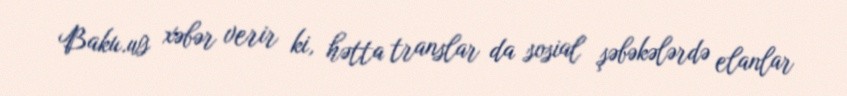
Baku.ws xəbər verir ki, hətta translar da sosial şəbəkələrdə elanlar